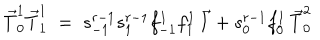
\vec { T } _ { 0 } ^ { 1 } \vec { T } _ { 1 } ^ { 1 } \; = \; s _ { - 1 } ^ { r - 1 } s _ { 1 } ^ { r - 1 } f _ { - 1 } ^ { 1 } f _ { 1 } ^ { 1 } \, \vec { I } + s _ { 0 } ^ { r - 1 } f _ { 0 } ^ { 1 } \, \vec { T } _ { 0 } ^ { 2 }